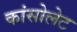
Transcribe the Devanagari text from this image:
कांसोलेट